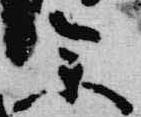
参